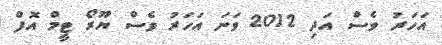
އަހަރު ވެސް އަދި 2012 ވަނަ އަހަރު ވެސް ޔޫރޯ ޓީމް އޮފް